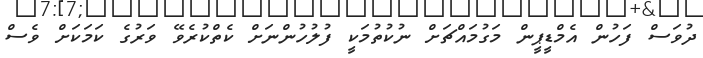
ދުވަސް ފަހުން އެމްޑީޕީން މަގުމައްޗަށް ނުކުތުމަކީ ފުލުހުންނަށް ކެތްކުރެވޭ ވަރުގެ ކަމަކަށް ވެސް